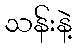
သန်းနဲ့